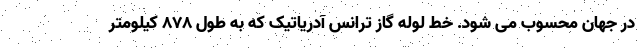
در جهان محسوب می شود. خط لوله گاز ترانس آدریاتیک که به طول ۸۷۸ کیلومتر